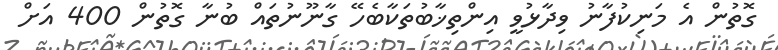
ގޮތުން އެ މަނިކުފާނު ވިދާޅުވީ އިންތިޚާބުތަކާބެހޭ ގާނޫނުތައް ބުނާ ގޮތުން 400 އަށް